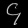
Digit: ၄